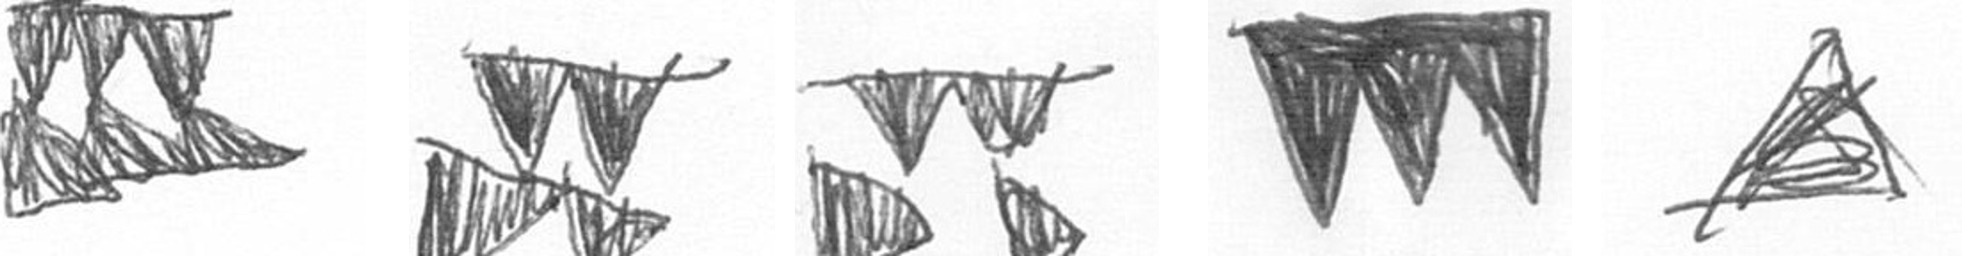
D B B L O